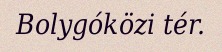
Bolygóközi tér.